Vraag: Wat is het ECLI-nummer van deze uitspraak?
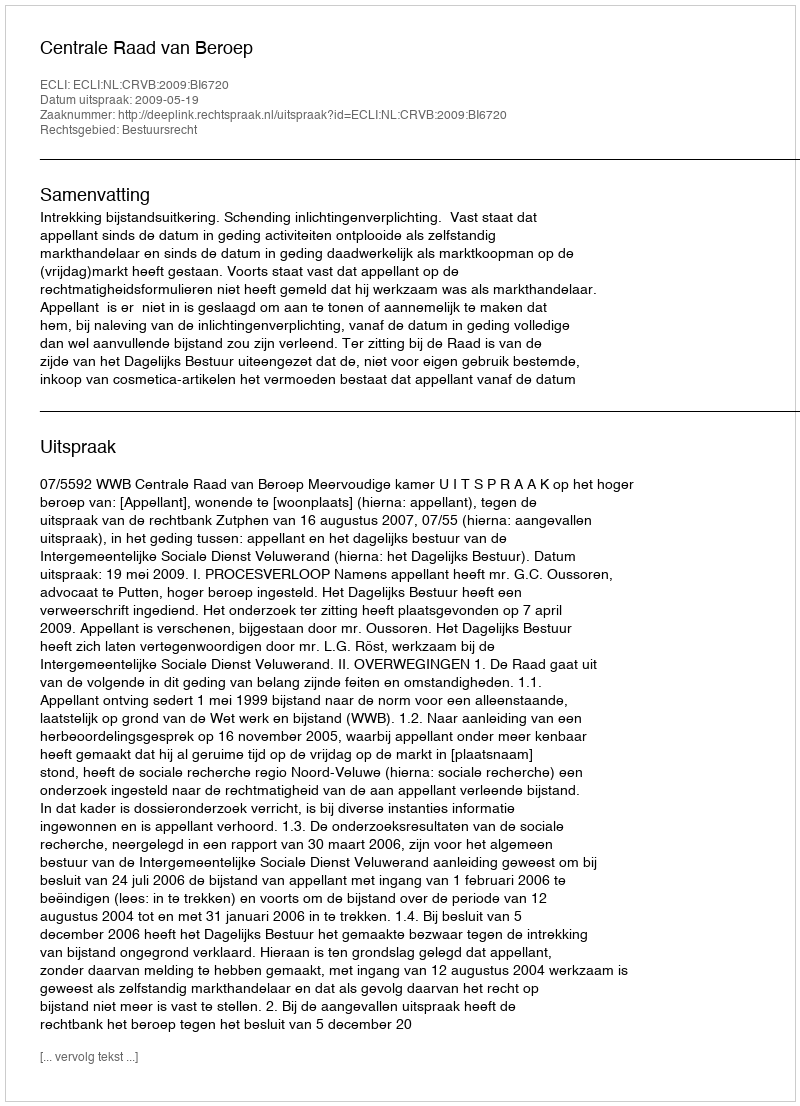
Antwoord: ECLI:NL:CRVB:2009:BI6720